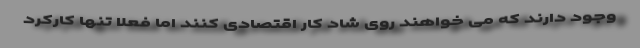
وجود دارند که می خواهند روی شاد کار اقتصادی کنند اما فعلا تنها کارکرد